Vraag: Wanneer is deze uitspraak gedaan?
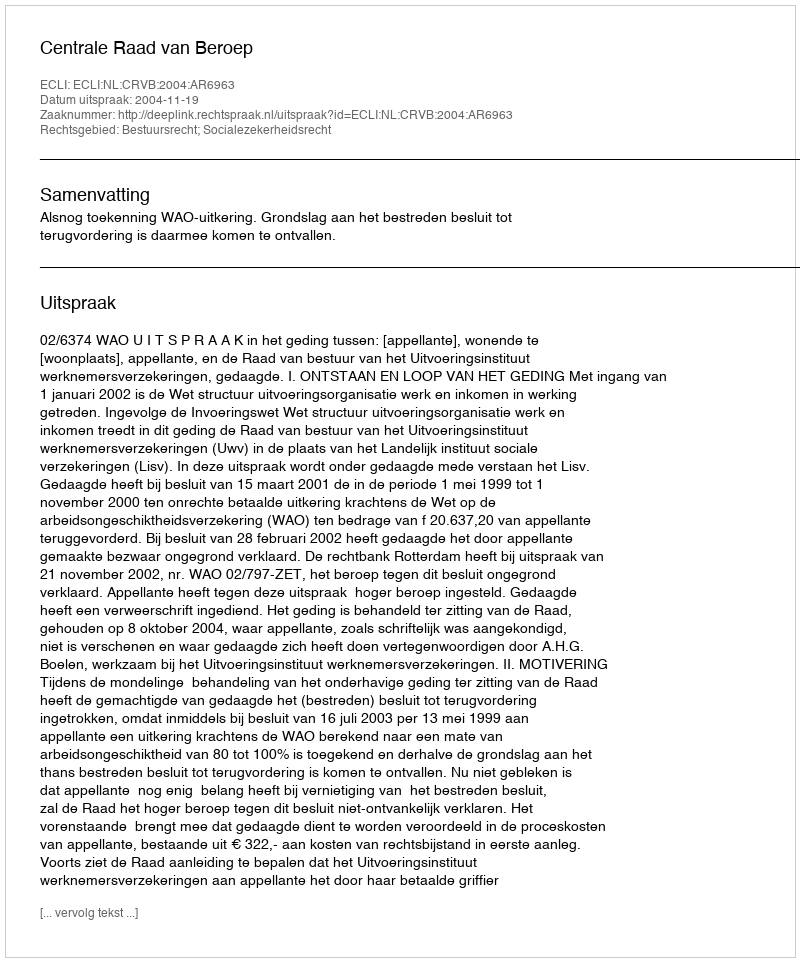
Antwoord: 2004-11-19